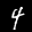
Label: 4